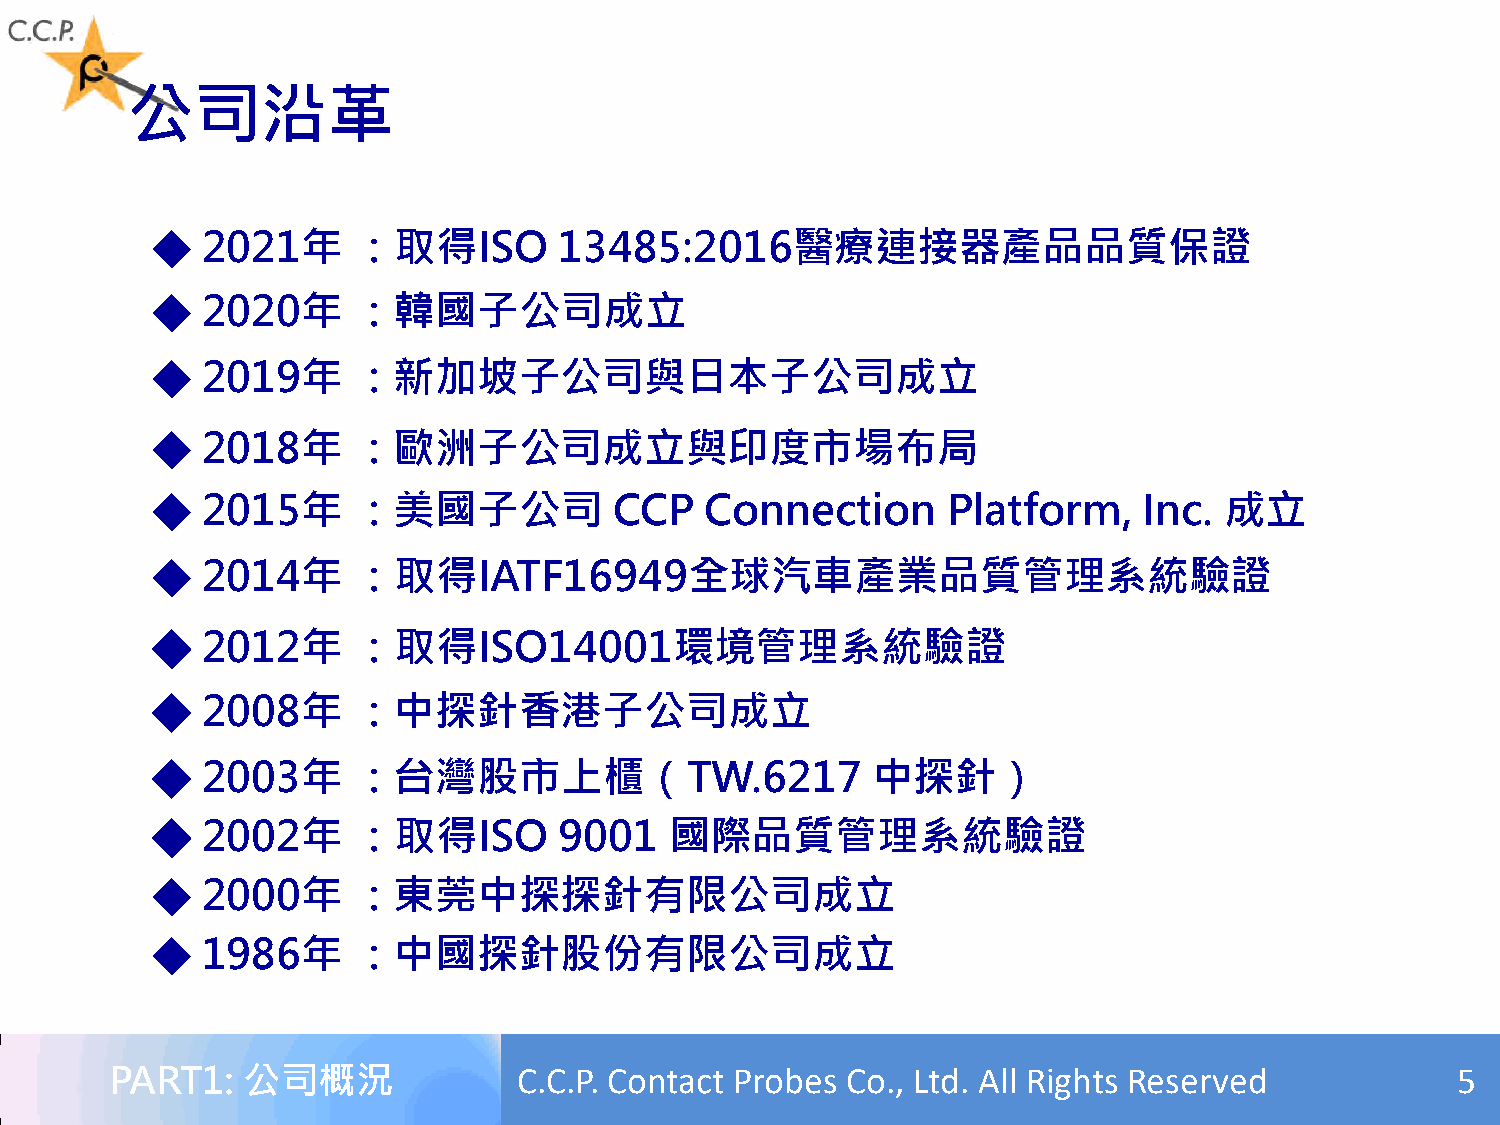
公司沿革
 ◆  2021年     ：取得ISO        13485:2016醫療連接器產品品質保證
 ◆  2020年     ：韓國子公司成立
 ◆  2019年     ：新加坡子公司與日本子公司成立
 ◆  2018年     ：歐洲子公司成立與印度市場布局
 ◆  2015年     ：美國子公司            CCP   Connection      Platform,    Inc. 成立
 ◆  2014年     ：取得IATF16949全球汽車產業品質管理系統驗證
 ◆  2012年     ：取得ISO14001環境管理系統驗證
 ◆  2008年     ：中探針香港子公司成立
 ◆  2003年     ：台灣股市上櫃（TW.6217                    中探針）
 ◆  2002年     ：取得ISO        9001   國際品質管理系統驗證
 ◆  2000年     ：東莞中探探針有限公司成立
 ◆  1986年     ：中國探針股份有限公司成立
 PART1:   公司概況              C.C.P. Contact Probes Co., Ltd. All Rights Reserved           5